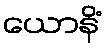
ယောနိံ